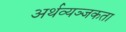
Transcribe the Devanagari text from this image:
अर्थव्यञ्जकता